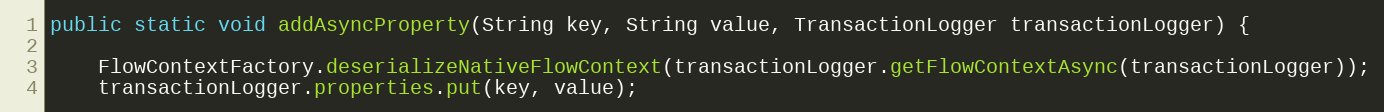
Language: Java
public static void addAsyncProperty(String key, String value, TransactionLogger transactionLogger) {

    FlowContextFactory.deserializeNativeFlowContext(transactionLogger.getFlowContextAsync(transactionLogger));
    transactionLogger.properties.put(key, value);